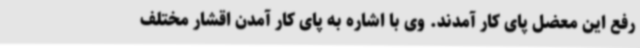
رفع این معضل پای کار آمدند. وی با اشاره به پای کار آمدن اقشار مختلف